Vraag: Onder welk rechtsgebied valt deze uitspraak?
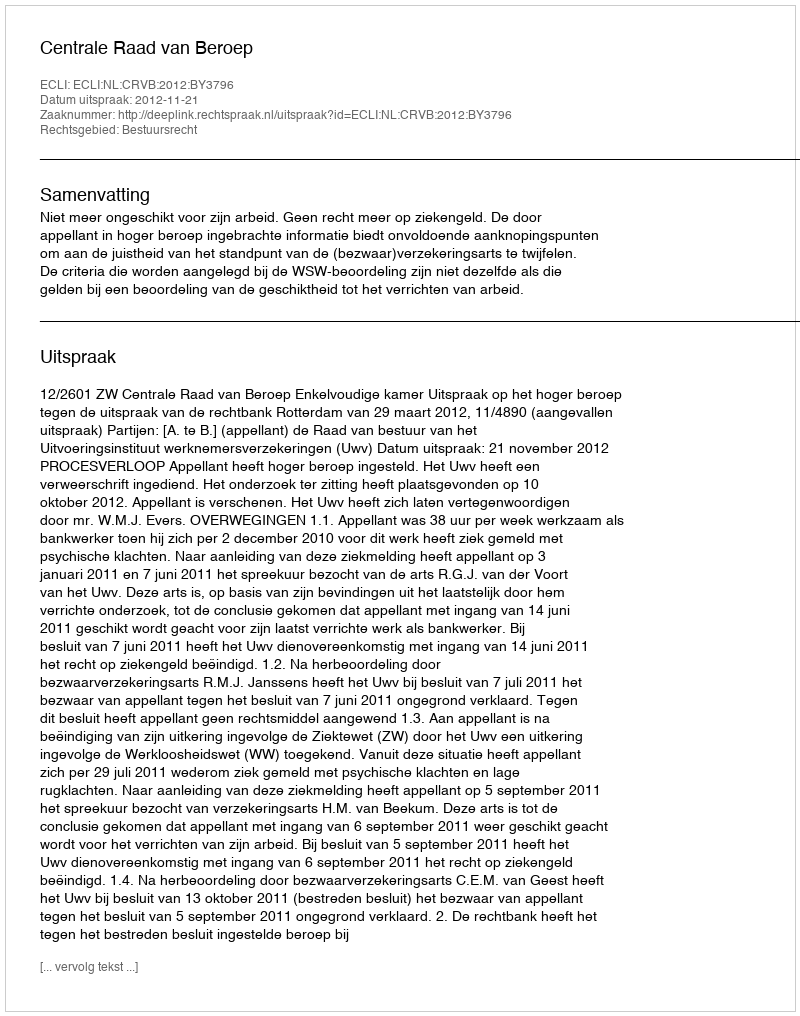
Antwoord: Bestuursrecht